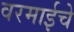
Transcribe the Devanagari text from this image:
वरमाईचे